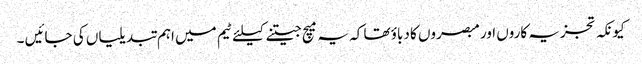
کیونکہ تجزیہ کاروں اور مبصروں کا دباؤ تھا کہ یہ میچ جیتنے کیلئے ٹیم میں اہم تبدیلیاں کی جائیں ۔